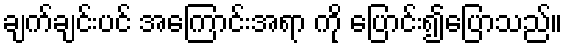
ချက်ချင်းပင် အကြောင်းအရာ ကို ပြောင်း၍ပြောသည်။